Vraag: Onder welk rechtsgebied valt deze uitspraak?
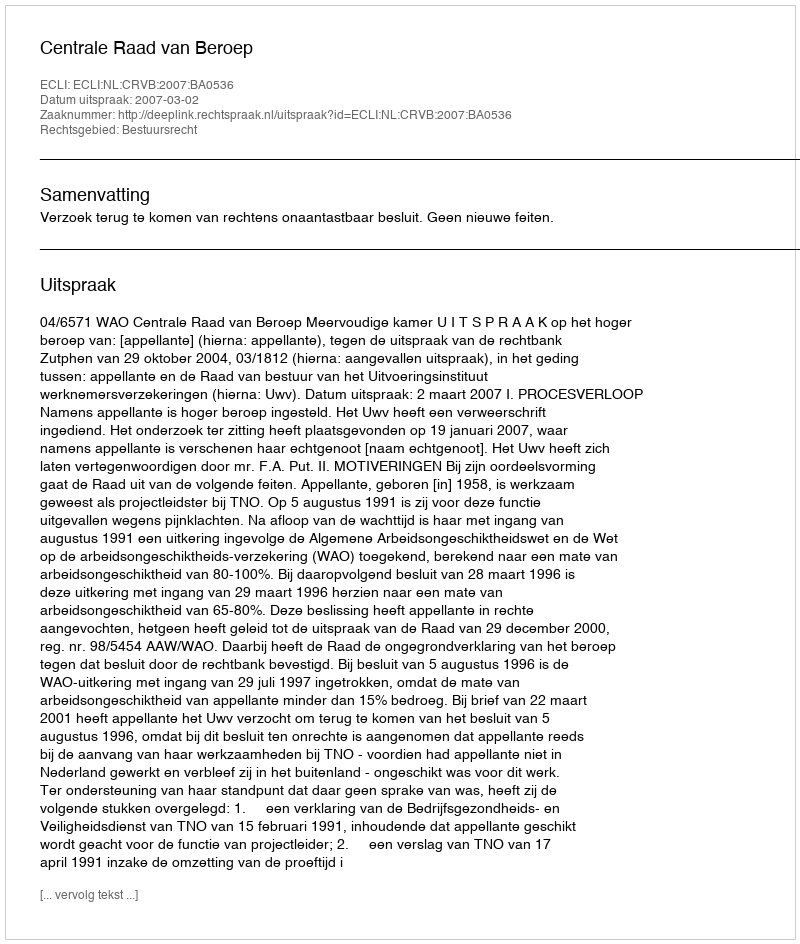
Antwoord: Bestuursrecht